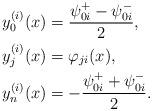
LaTeX: \begin{align*} &y_0^{(i)}(x)=\frac{\psi_{0i}^+-\psi_{0i}^-}{2}, \\ &y_j^{(i)}(x)=\varphi_{ji}(x), \\ &y_n^{(i)}(x)=-\frac{\psi_{0i}^++\psi_{0i}^-}{2}. \end{align*}